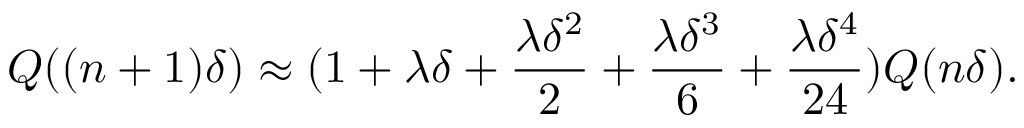
\small Q ( ( n + 1 ) \delta ) \approx ( 1 + \lambda \delta + \frac { \lambda \delta ^ { 2 } } { 2 } + \frac { \lambda \delta ^ { 3 } } { 6 } + \frac { \lambda \delta ^ { 4 } } { 2 4 } ) Q ( n \delta ) .